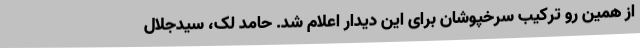
از همین رو ترکیب سرخپوشان برای این دیدار اعلام شد. حامد لک، سیدجلال